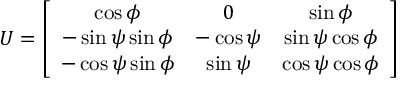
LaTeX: U = \left[ \begin{array} { c c c } { { \cos \phi } } & { { 0 } } & { { \sin \phi } } \\ { { - \sin \psi \sin \phi } } & { { - \cos \psi } } & { { \sin \psi \cos \phi } } \\ { { - \cos \psi \sin \phi } } & { { \sin \psi } } & { { \cos \psi \cos \phi } } \end{array} \right]